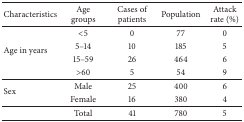
<table><thead><tr><td><b>Characteristics</b></td><td><b>Age groups</b></td><td><b>Cases of patients</b></td><td><b>Population</b></td><td><b>Attack rate (%)</b></td></tr></thead><tbody><tr><td rowspan="4">Age in years</td><td>&lt;5</td><td>0</td><td>77</td><td>0</td></tr><tr><td>5–14</td><td>10</td><td>185</td><td>5</td></tr><tr><td>15–59</td><td>26</td><td>464</td><td>6</td></tr><tr><td>&gt;60</td><td>5</td><td>54</td><td>9</td></tr><tr><td rowspan="2">Sex</td><td>Male</td><td>25</td><td>400</td><td>6</td></tr><tr><td>Female</td><td>16</td><td>380</td><td>4</td></tr><tr><td> </td><td>Total</td><td>41</td><td>780</td><td>5</td></tr></tbody></table>